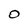
Character: 0